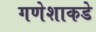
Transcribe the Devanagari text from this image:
गणेशाकडे